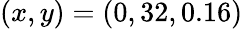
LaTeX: (x,y)=(0,32,0.16)